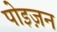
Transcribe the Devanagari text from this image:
पोइज़न